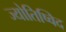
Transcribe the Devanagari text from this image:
ज्योतिष्विद